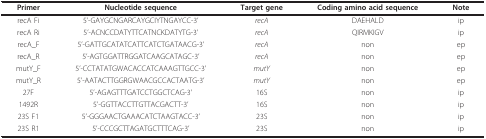
| Primer | Nucleotide sequence | Target gene | Coding amino acid sequence | Note |
 | --- | --- | --- | --- | --- |
 | recA Fi | 5'-GAYGCNGARCAYGCIYTNGAYCC-3' | recA | DAEHALD | ip |
 | recA Ri | 5'-ACNCCDATYTTCATNCKDATYTG-3' | recA | QIRMKIGV | ip |
 | recA_F | 5'-GATTGCATATCATTCATCTGATAACG-3' | recA | non | ep |
 | recA_R | 5'-AGTGGATTRGGATCAAGCATAGC-3' | recA | non | ep |
 | mutY_F | 5'-CCTATATGWACACCATCAAAGTTGCC-3' | mutY | non | ep |
 | mutY_R | 5'-AATACTTGGRGWAACGCCACTAATG-3' | mutY | non | ep |
 | 27F | 5'-AGAGTTTGATCCTGGCTCAG-3' | 16S | non | ip |
 | 1492R | 5'-GGTTACCTTGTTACGACTT-3' | 16S | non | ip |
 | 23S F1 | 5'-GGGAACTGAAACATCTAAGTACC-3' | 23S | non | ip |
 | 23S R1 | 5'-CCCGCTTAGATGCTTTCAG-3' | 23S | non | ip |